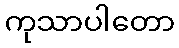
ကုသာပါတော